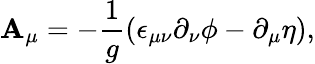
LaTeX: \mathbf{A}_{\mu}=-\frac{{1}}{{g}}(\epsilon_{\mu\nu}\partial_{\nu}\phi-\partial_{\mu}\eta),